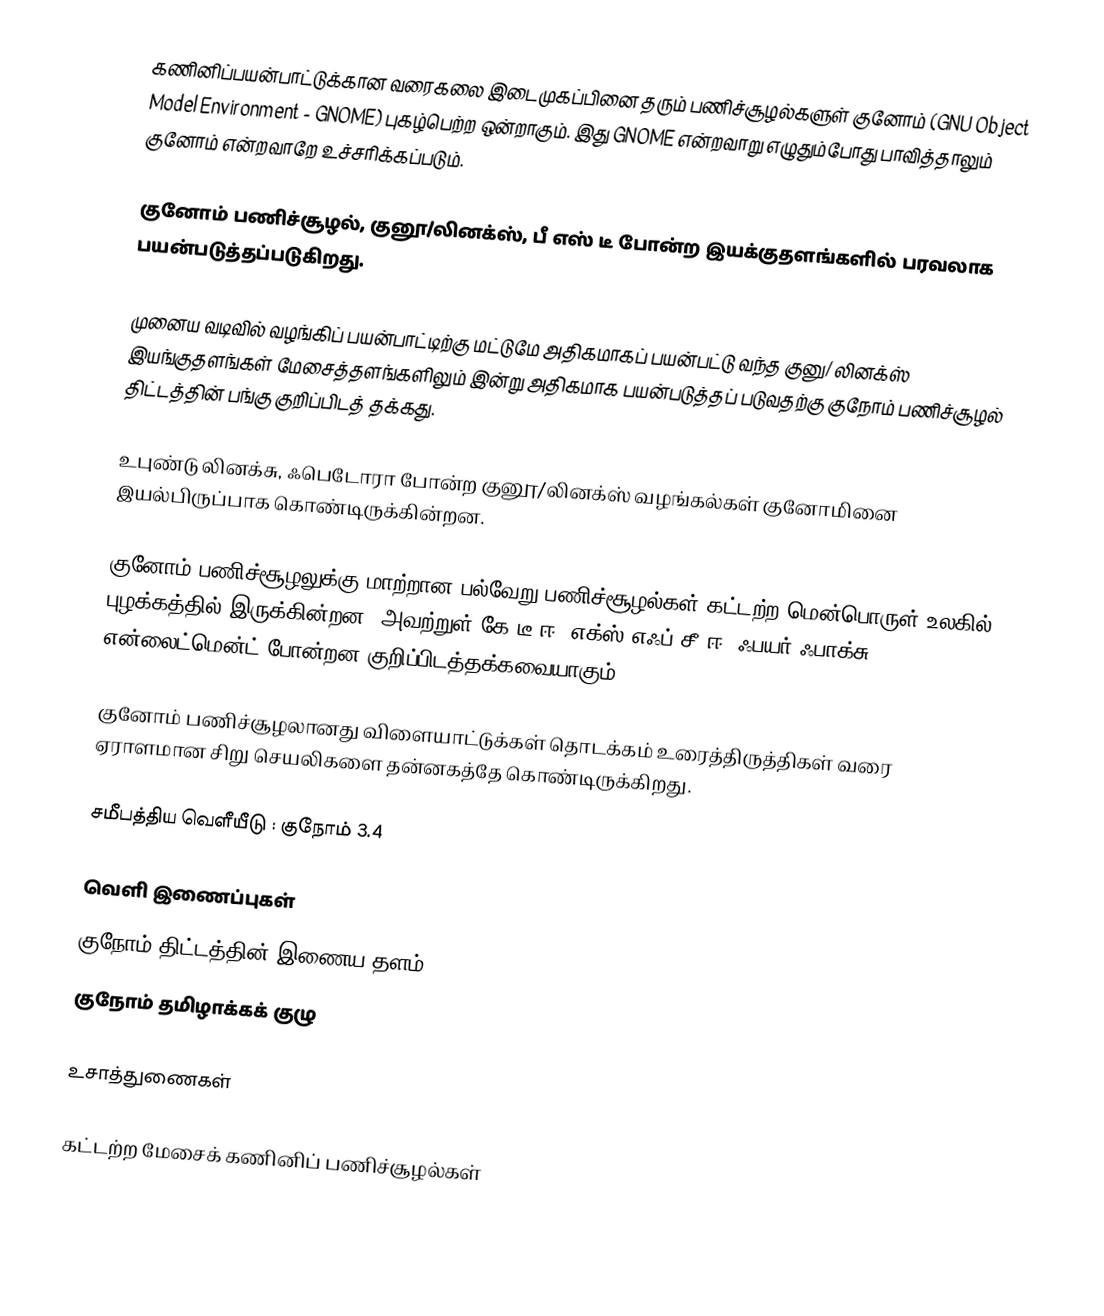
கணினிப்பயன்பாட்டுக்கான வரைகலை இடைமுகப்பினை தரும் பணிச்சூழல்களுள் குனோம் (GNU Object Model Environment - GNOME) புகழ்பெற்ற ஒன்றாகும். இது GNOME என்றவாறு எழுதும்போது பாவித்தாலும் குனோம் என்றவாறே உச்சரிக்கப்படும்.

குனோம் பணிச்சூழல், குனூ/லினக்ஸ், பீ எஸ் டீ போன்ற இயக்குதளங்களில் பரவலாக பயன்படுத்தப்படுகிறது.

முனைய வடிவில் வழங்கிப் பயன்பாட்டிற்கு மட்டுமே அதிகமாகப் பயன்பட்டு வந்த குனு/ லினக்ஸ் இயங்குதளங்கள் மேசைத்தளங்களிலும்  இன்று அதிகமாக பயன்படுத்தப் படுவதற்கு குநோம் பணிச்சூழல் திட்டத்தின் பங்கு குறிப்பிடத் தக்கது.

உபுண்டு லினக்சு, ஃபெடோரா போன்ற குனூ/லினக்ஸ் வழங்கல்கள் குனோமினை இயல்பிருப்பாக கொண்டிருக்கின்றன.

குனோம் பணிச்சூழலுக்கு மாற்றான பல்வேறு பணிச்சூழல்கள் கட்டற்ற மென்பொருள் உலகில் புழக்கத்தில் இருக்கின்றன. அவற்றுள் கே டீ ஈ, எக்ஸ் எஃப் சீ ஈ, ஃபயர் ஃபாக்சு, என்லைட்மென்ட் போன்றன குறிப்பிடத்தக்கவையாகும்.

குனோம் பணிச்சூழலானது விளையாட்டுக்கள் தொடக்கம் உரைத்திருத்திகள் வரை  ஏராளமான சிறு செயலிகளை தன்னகத்தே கொண்டிருக்கிறது.

சமீபத்திய வெளீயீடு : குநோம் 3.4

வெளி இணைப்புகள்
 குநோம் திட்டத்தின் இணைய தளம்
 குநோம் தமிழாக்கக் குழு

உசாத்துணைகள்

கட்டற்ற மேசைக் கணினிப் பணிச்சூழல்கள்